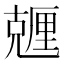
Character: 兣